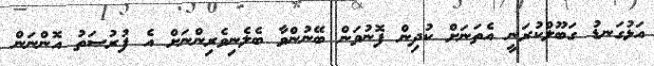
އަޅުގަނޑު ގަބޫލްކުރަނީ އެތަނަށް ކުދިން ފޮނުވަން ބޭނުންވާ ބެލެނިވެރިންނަށް އެ ފުރުސަތު އޮންނަން